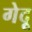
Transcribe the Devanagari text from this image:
गेदू